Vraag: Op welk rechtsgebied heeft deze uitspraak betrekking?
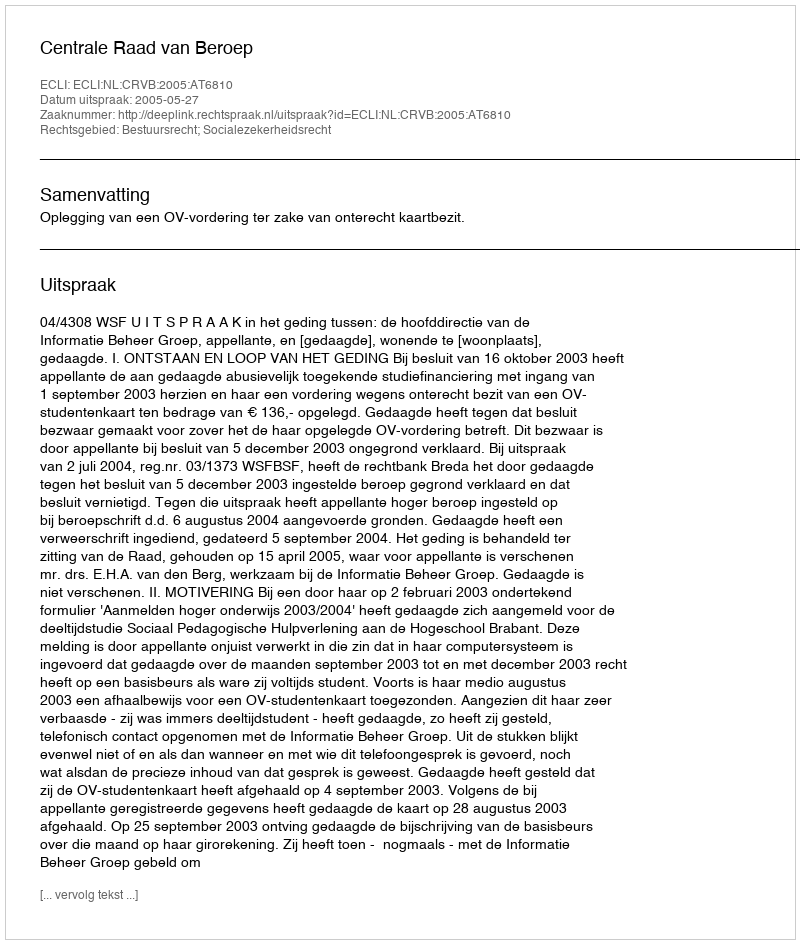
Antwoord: Bestuursrecht; Socialezekerheidsrecht